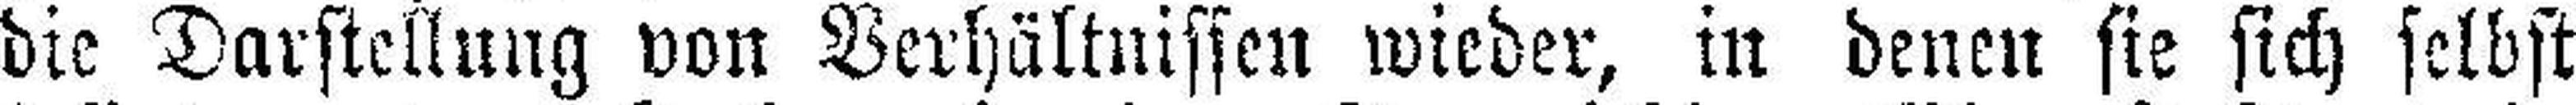
die Darstellung von Verhältnissen wieder, in denen sie sich selbst